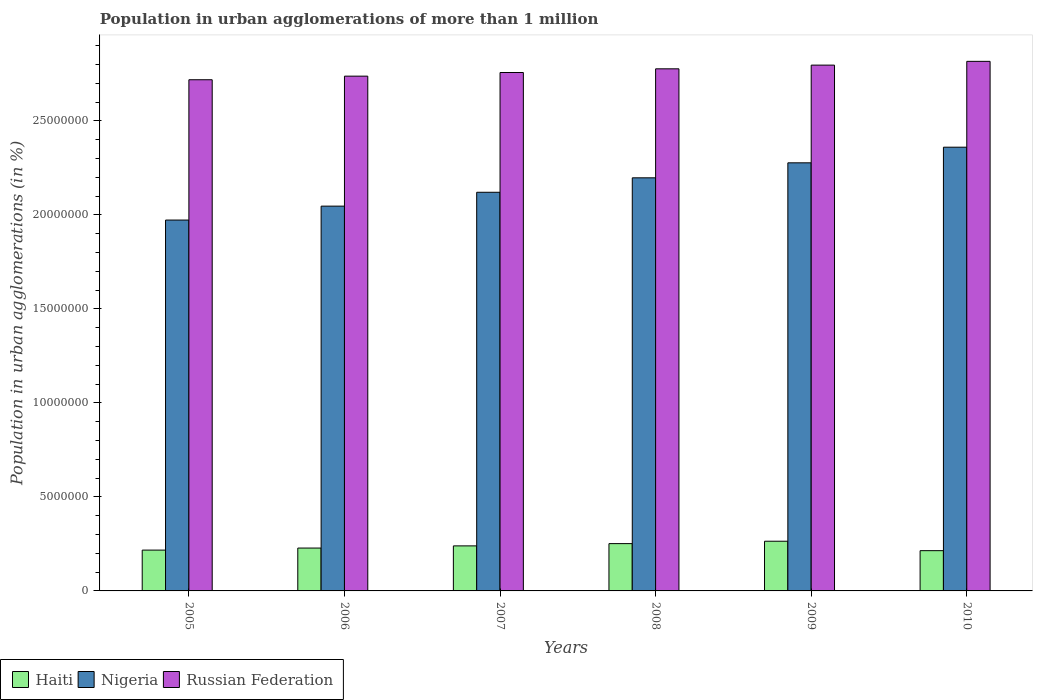
| Years | Haiti | Nigeria | Russian Federation |
 | --- | --- | --- | --- |
 | 2005 | 2.17e+06 | 1.97e+07 | 2.72e+07 |
 | 2006 | 2.28e+06 | 2.05e+07 | 2.74e+07 |
 | 2007 | 2.4e+06 | 2.12e+07 | 2.76e+07 |
 | 2008 | 2.52e+06 | 2.2e+07 | 2.78e+07 |
 | 2009 | 2.64e+06 | 2.28e+07 | 2.8e+07 |
 | 2010 | 2.14e+06 | 2.36e+07 | 2.82e+07 |